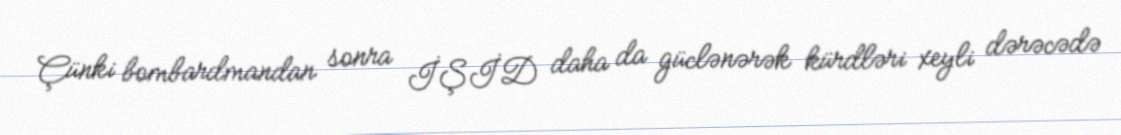
Çünki bombardmandan sonra İŞİD daha da güclənərək kürdləri xeyli dərəcədə